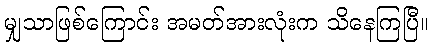
မျှသာဖြစ်ကြောင်း အမတ်အားလုံးက သိနေကြပြီ။